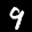
Label: 9